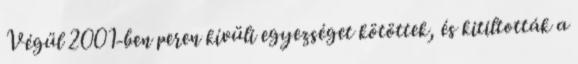
Végül 2001-ben peren kívüli egyezséget kötöttek, és kitiltották a